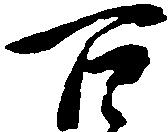
百